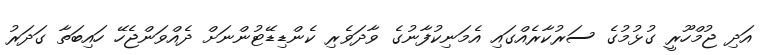
އަދި ޖުމްހޫރީ ގުޅުމުގެ ސަރުކާރެއްގައި އެމަނިކުފާނުގެ ވާދަވެރި ކެންޑިޑޭޓުންނަށް ދެއްވަންޖެހޭ ހައިބަތާ ގަދަރު